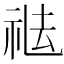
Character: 𥙒